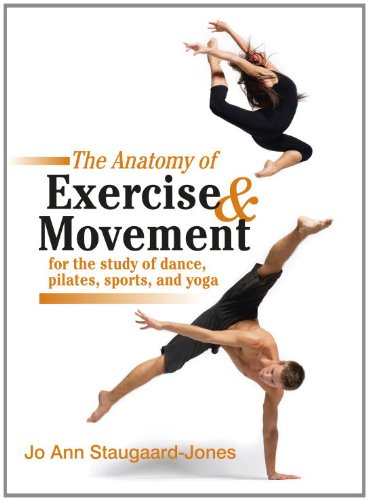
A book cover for The Anatomy of Exercise and Movement for the Study of Dance, Pilates, Sports, and Yoga; Jo Ann Staugaard-Jones; Humor & Entertainment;